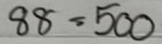
88 = 500